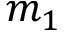
m _ { 1 }